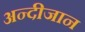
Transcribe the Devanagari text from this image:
अन्दीजान